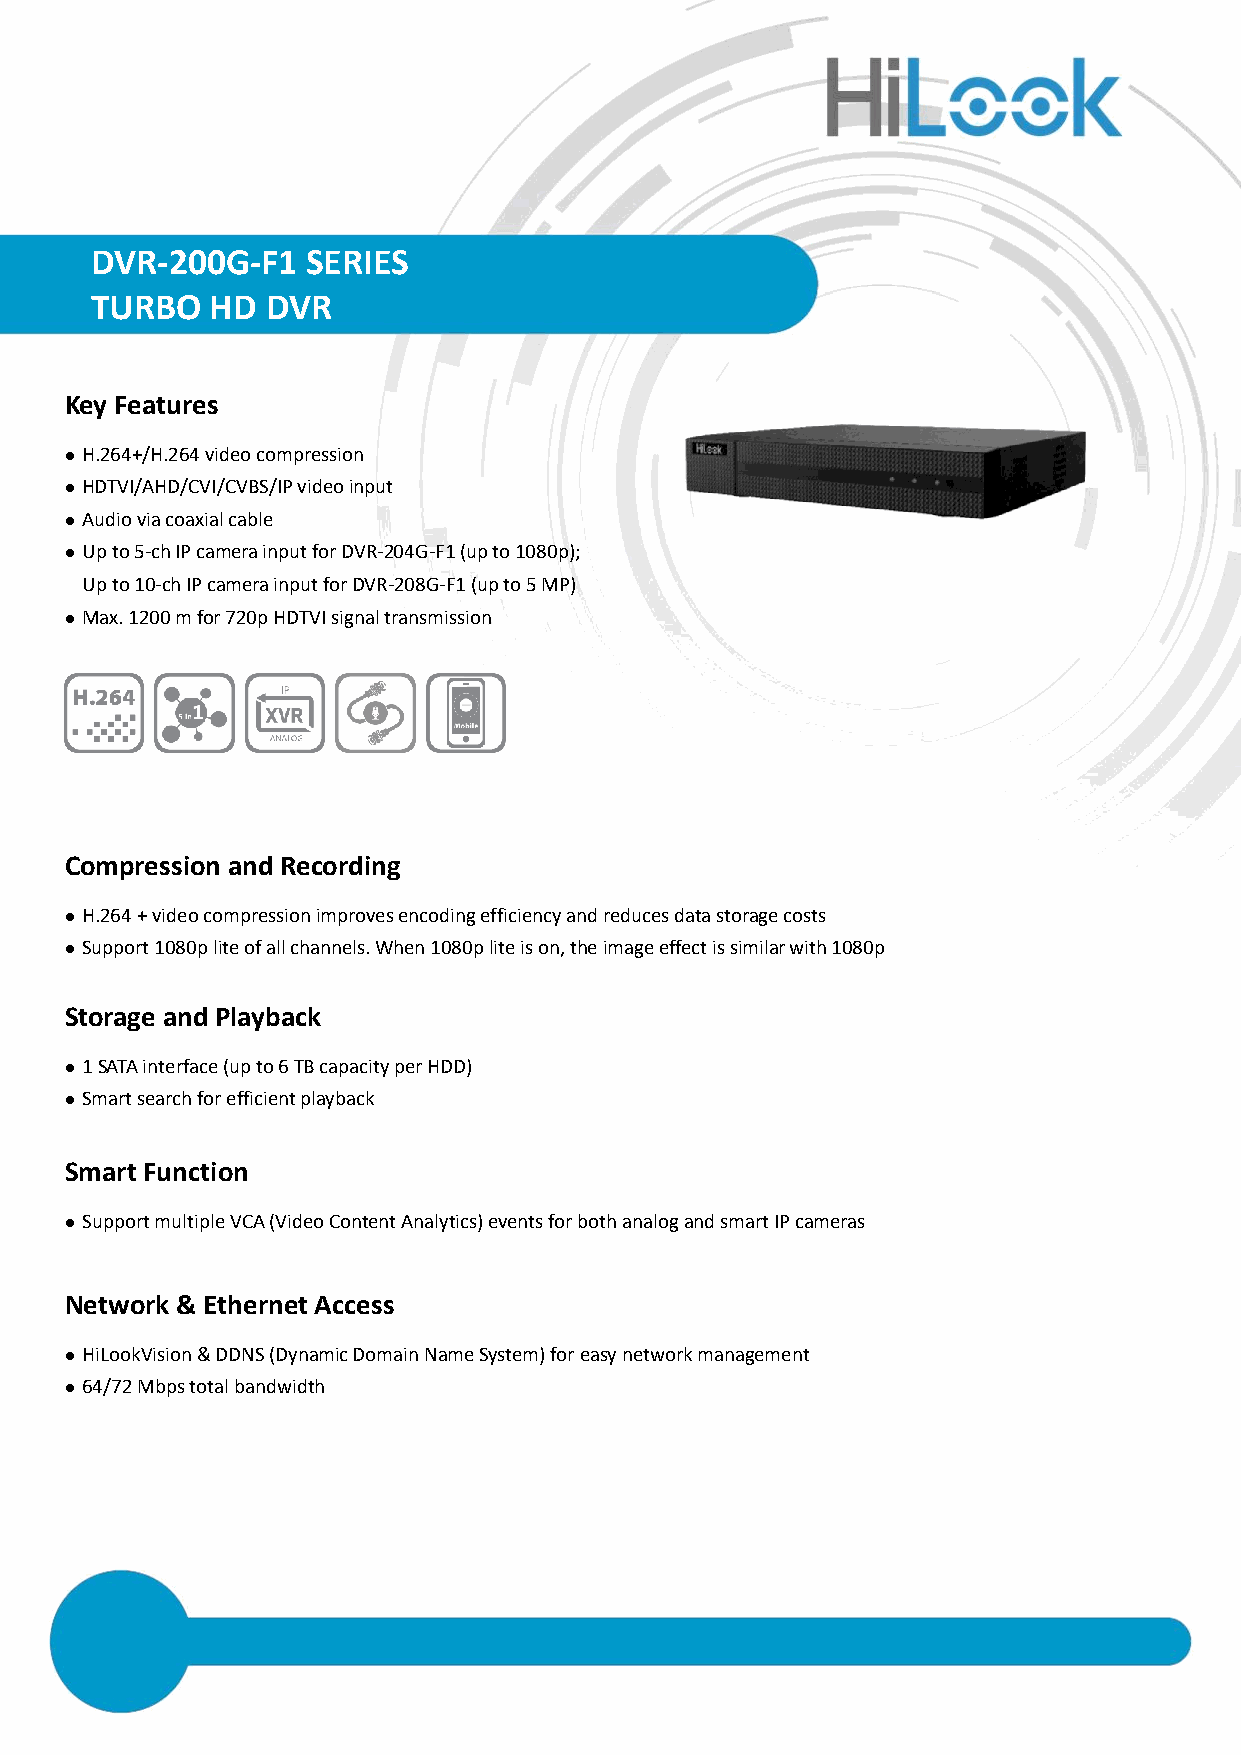
D VR-200G-F1  SERIES
 TURBO   HD  DVR
 Key Features
  H.264+/H.264 video compression
  HDTVI/AHD/CVI/CVBS/IP video input
  Audio via coaxial cable
  Up to 5-ch IP camera input for DVR-204G-F1 (up to 1080p);
 Up to 10-ch IP camera input for DVR-208G-F1 (up to 5 MP)
  Max. 1200 m for 720p HDTVI signal transmission
 Compression and Recording
  H.264 + video compression improves encoding efficiency and reduces data storage costs
  Support 1080p lite of all channels. When 1080p lite is on, the image effect is similar with 1080p
 Storage and Playback
  1 SATA interface (up to 6 TB capacity per HDD)
  Smart search for efficient playback
 Smart Function
  Support multiple VCA (Video Content Analytics) events for both analog and smart IP cameras
 Network & Ethernet Access
  HiLookVision & DDNS (Dynamic Domain Name System) for easy network management
  64/72 Mbps total bandwidth